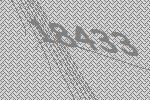
18433